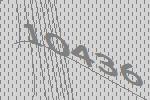
10436